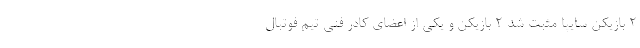
۲ بازیکن سایپا مثبت شد ۲ بازیکن و یکی از اعضای کادر فنی تیم فوتبال